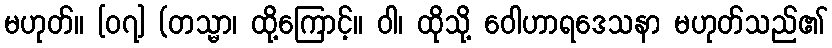
မဟုတ်။ [၀၇] (တသ္မာ၊ ထို့ကြောင့်။ ဝါ၊ ထိုသို့ ဝေါဟာရဒေသနာ မဟုတ်သည်၏